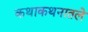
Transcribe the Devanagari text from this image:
कथाकथनातले